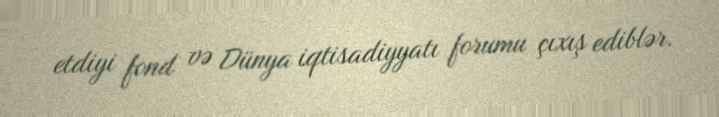
etdiyi fond və Dünya iqtisadiyyatı forumu çıxış ediblər.